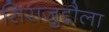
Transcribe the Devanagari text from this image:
सिराज़ुद्दौला